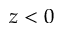
z < 0